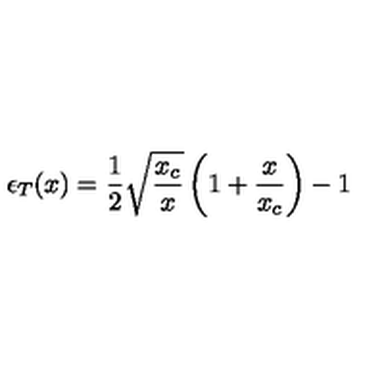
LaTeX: \epsilon _ { T } ( x ) = \frac { 1 } { 2 } \sqrt { \frac { x _ { c } } { x } } \left( 1 + \frac { x } { x _ { c } } \right) - 1